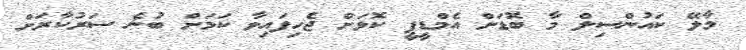
މާލޭ ކައުންސިލް މާ ބޮޑަށް އެމްޑީޕީ ކޮޅަށް ޖެހިފައިވާ ކަމަށް ބުނެ ސަރުކާރަށް